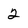
Character: 2